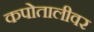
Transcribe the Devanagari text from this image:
कपोतालीवर